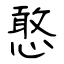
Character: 憨